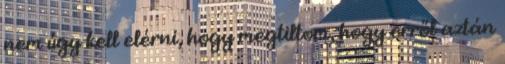
nem úgy kell elérni, hogy megtiltom, hogy erről aztán